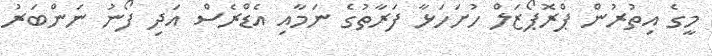
މީގެ އިތުރުން ޕްރޮޕޯޒަލް ހުށަހަޅާ ފަރާތުގެ ނަމާއި އެޑްރެސް އަދި ފޯނު ނަންބަރު